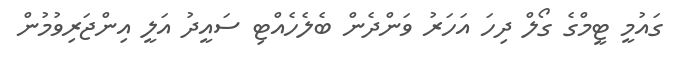
ގައުމީ ޓީމްގެ ގޯލް ދިހަ އަހަރު ވަންދެން ބެލެހެއްޓި ސައީދު އަލީ އިންޖަރިވުމުން